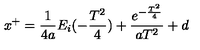
x ^ { + } = \frac { 1 } { 4 a } E _ { i } ( - \frac { T ^ { 2 } } { 4 } ) + \frac { e ^ { - \frac { T ^ { 2 } } { 4 } } } { a T ^ { 2 } } + d